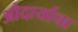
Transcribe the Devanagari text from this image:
औदार्याचा